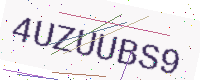
Text: 4UZUUBS9